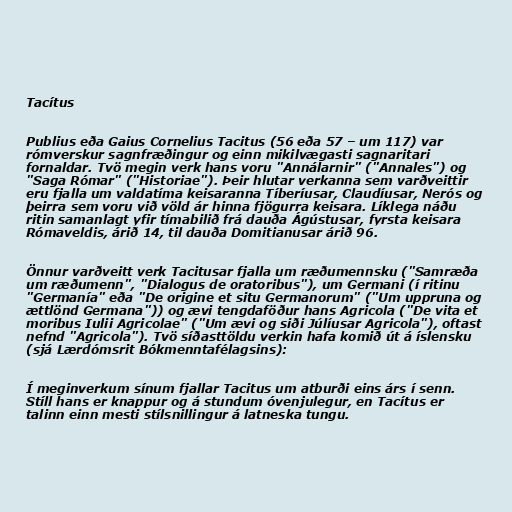
Tacítus

Publius eða Gaius Cornelius Tacitus (56 eða 57 – um 117) var
rómverskur sagnfræðingur og einn mikilvægasti sagnaritari
fornaldar. Tvö megin verk hans voru "Annálarnir" ("Annales") og
"Saga Rómar" ("Historiae"). Þeir hlutar verkanna sem varðveittir
eru fjalla um valdatíma keisaranna Tíberíusar, Claudíusar, Nerós og
þeirra sem voru við völd ár hinna fjögurra keisara. Líklega náðu
ritin samanlagt yfir tímabilið frá dauða Ágústusar, fyrsta keisara
Rómaveldis, árið 14, til dauða Domitianusar árið 96.

Önnur varðveitt verk Tacitusar fjalla um ræðumennsku ("Samræða
um ræðumenn", "Dialogus de oratoribus"), um Germani (í ritinu
"Germanía" eða "De origine et situ Germanorum" ("Um uppruna og
ættlönd Germana")) og ævi tengdaföður hans Agricola ("De vita et
moribus Iulii Agricolae" ("Um ævi og siði Júlíusar Agricola"), oftast
nefnd "Agricola"). Tvö síðasttöldu verkin hafa komið út á íslensku
(sjá Lærdómsrit Bókmenntafélagsins):

Í meginverkum sínum fjallar Tacitus um atburði eins árs í senn.
Stíll hans er knappur og á stundum óvenjulegur, en Tacítus er
talinn einn mesti stílsnillingur á latneska tungu.